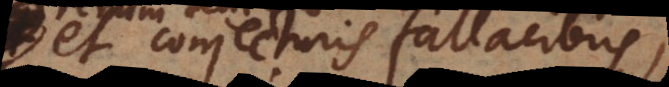
et conjecturis fallacibus,